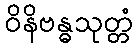
ဝိနိဗန္ဓသုတ္တံ